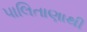
પાલિતાણાથી